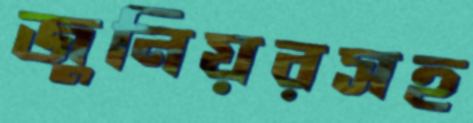
জুনিয়রসহ